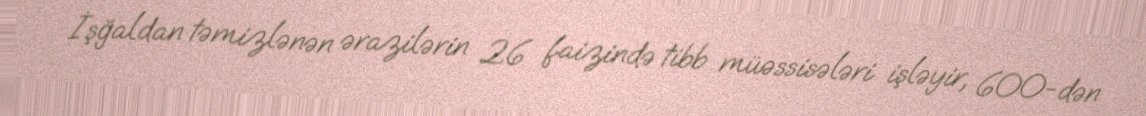
İşğaldan təmizlənən ərazilərin 26 faizində tibb müəssisələri işləyir, 600-dən